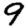
Digit: 9